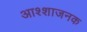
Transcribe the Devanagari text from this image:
आश्शाजनक